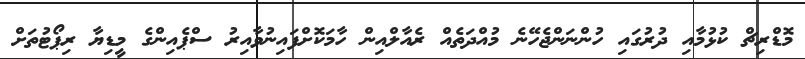
މޮޑްރިޗް ކުޅުމާއި ދުރުގައި ހުންނަންޖެހޭނެ މުއްދަތެއް ރެއާލްއިން ހާމަކޮށްފައިނުވާއިރު ސްޕެއިންގެ މީޑިޔާ ރިޕޯޓުތަށް